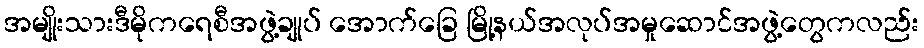
အမျိုးသားဒီမိုကရေစီအဖွဲ့ချုပ် အောက်ခြေ မြို့နယ်အလုပ်အမှုဆောင်အဖွဲ့တွေကလည်း